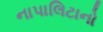
નાપાલિટાનો